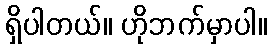
ရှိပါတယ်။ ဟိုဘက်မှာပါ။